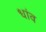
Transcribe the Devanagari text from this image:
धांव